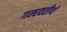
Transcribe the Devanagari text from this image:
गन्धवतीर्थ